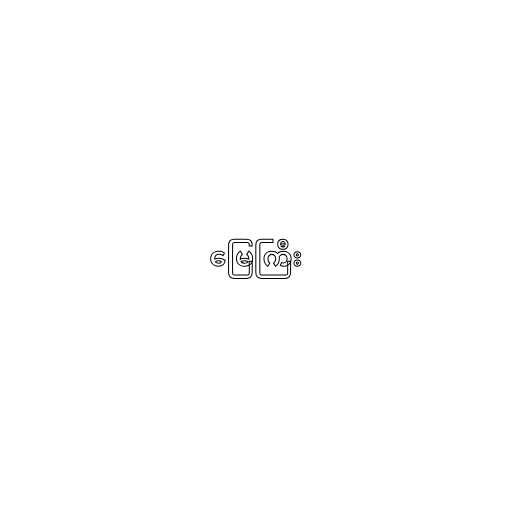
မြေကြီး